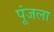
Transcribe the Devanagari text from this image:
पूंजला